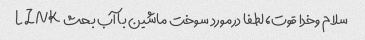
سلام وخدا قوت، لطفا درمورد سوخت ماشین با آب بحث LINK